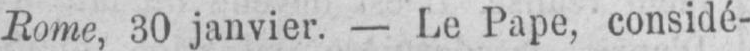
Rome, 30 janvier. - Le Pape, considé-